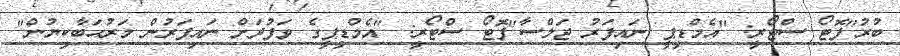
ބުރު"ފޮޓޯ ސްޓޯރީ: "އެމްޑީޕީ ނައިފަރު ޖަލްސާ"ފޮޓޯ ސްޓޯރީ: "އެމްޑީޕީގެ ވަފުދަށް ނައިފަރުން މަރުޙަބާކިޔުން"